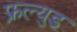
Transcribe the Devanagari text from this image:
फ्रल्युड